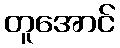
တူအောင်